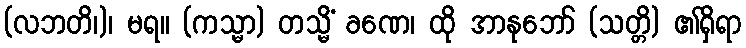
(လဘတိ၊)၊ မရ။ (ကသ္မာ) တသ္မိံ ခဏေ၊ ထို အာနုဘော် (သတ္တိ) ၏ရှိရာ